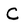
Character: C